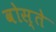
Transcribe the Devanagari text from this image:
वोस्ते